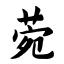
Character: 菀